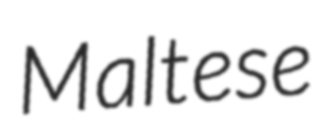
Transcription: Maltese